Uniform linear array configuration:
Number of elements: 64
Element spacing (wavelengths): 1
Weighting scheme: cosine
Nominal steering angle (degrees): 60
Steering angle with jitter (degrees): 60.179
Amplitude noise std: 0.05
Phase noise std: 0.05

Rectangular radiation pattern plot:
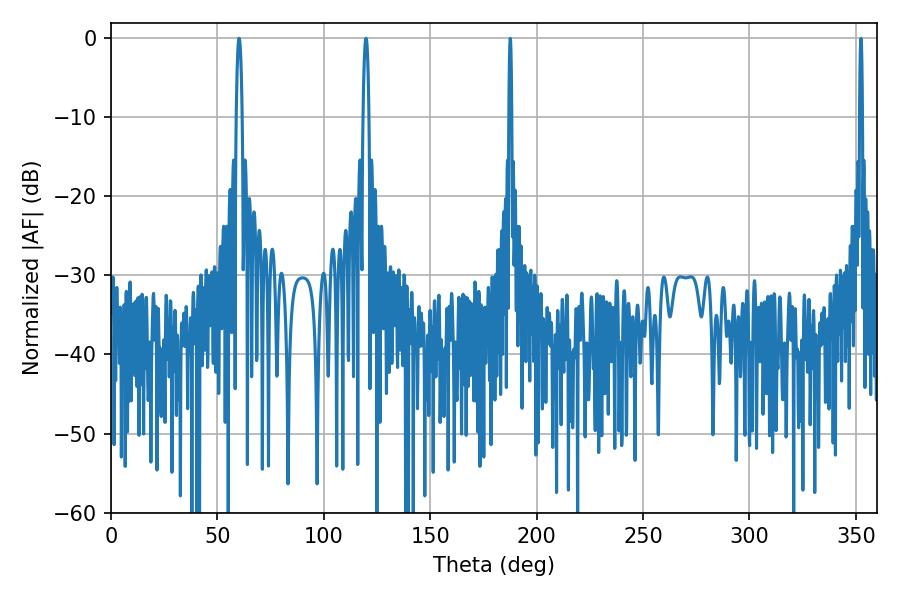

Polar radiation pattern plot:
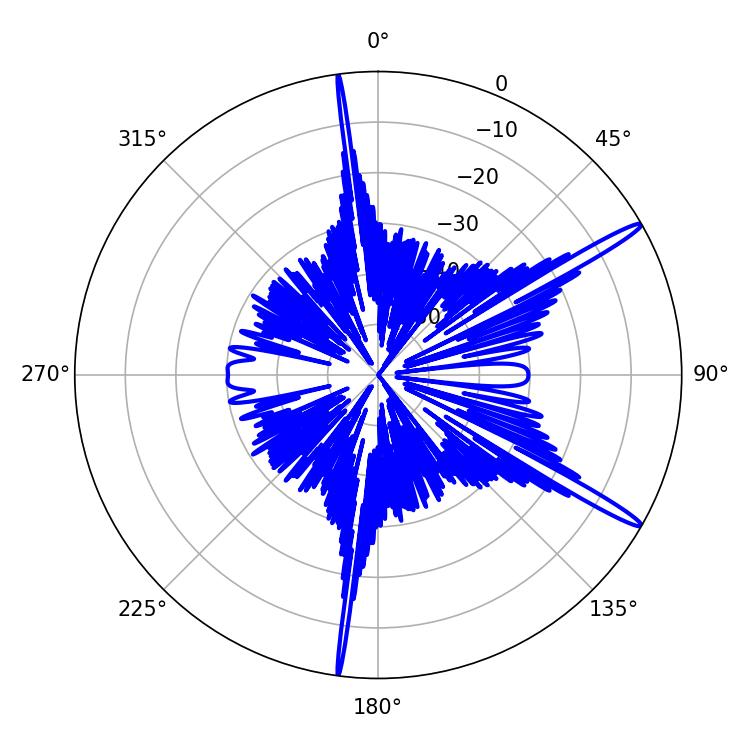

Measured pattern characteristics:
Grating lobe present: TRUE
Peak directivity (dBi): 15.972
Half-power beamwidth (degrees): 1.62
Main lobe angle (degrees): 119.88